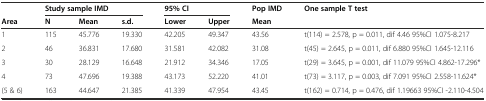
<table><thead><tr><td></td><td colspan="3"><b>Study sample IMD</b></td><td colspan="2"><b>95% CI</b></td><td><b>Pop IMD</b></td><td><b>One sample T test</b></td></tr><tr><td><b>Area</b></td><td><b>N</b></td><td><b>Mean</b></td><td><b>s.d.</b></td><td><b>Lower</b></td><td><b>Upper</b></td><td><b>Mean</b></td><td></td></tr></thead><tbody><tr><td>1</td><td>115</td><td>45.776</td><td>19.330</td><td>42.205</td><td>49.347</td><td>43.56</td><td>t(114) = 2.578, p = 0.011, dif 4.46 95%CI 1.075-8.217</td></tr><tr><td>2</td><td>46</td><td>36.831</td><td>17.680</td><td>31.581</td><td>42.082</td><td>31.08</td><td>t(45) = 2.645, p = 0.011, dif 6.880 95%CI 1.645-12.116</td></tr><tr><td>3</td><td>30</td><td>28.129</td><td>16.648</td><td>21.912</td><td>34.346</td><td>17.05</td><td>t(29) = 3.645, p = 0.001, dif 11.079 95%CI 4.862-17.296*</td></tr><tr><td>4</td><td>73</td><td>47.696</td><td>19.388</td><td>43.173</td><td>52.220</td><td>41.01</td><td>t(73) = 3.117, p = 0.003, dif 7.091 95%CI 2.558-11.624*</td></tr><tr><td>(5 &amp; 6)</td><td>163</td><td>44.647</td><td>21.385</td><td>41.339</td><td>47.954</td><td>43.45</td><td>t(162) = 0.714, p = 0.476, dif 1.19663 95%CI -2.110-4.504</td></tr></tbody></table>